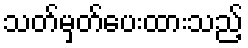
သတ်မှတ်ပေးထားသည့်